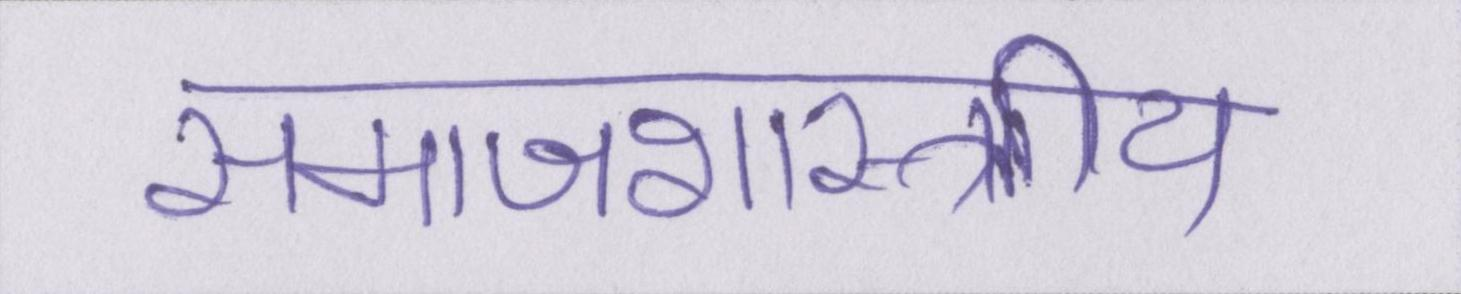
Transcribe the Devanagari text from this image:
समाजशास्त्राीय